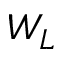
W _ { L }